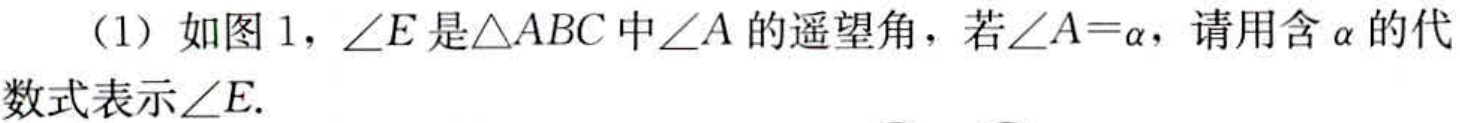
（1）如图1，\(\angle E\)是\(\triangle ABC\)中\(\angle A\)的遥望角，若\(\angle A = \alpha\)，请用含\(\alpha\)的代数式表示\(\angle E\).